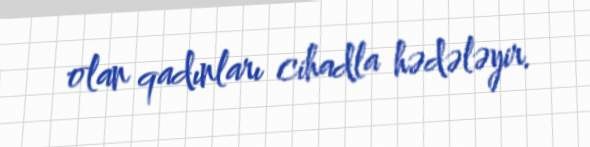
olan qadınları cihadla hədələyir.